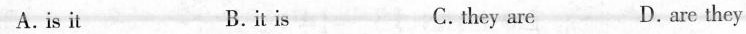
A very nice dress! B.it is C.they are D.are they